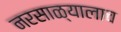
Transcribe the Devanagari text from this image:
नरसाळ्यालाच